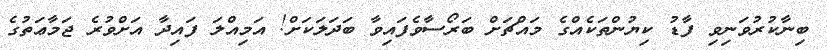
ބިނާކުރުވަނިވި ފާޑު ކިޔުންތަކެއްގެ މައްޗަށް ބަރޯސާވެފައިވާ ބަދަލަކަށް! އަމިއްލަ ފައިދާ އަށްވުރެ ޖަމާޢަތުގެ